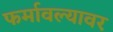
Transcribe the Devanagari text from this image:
फर्मावल्यावर